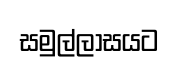
සමුල්ලාසයට